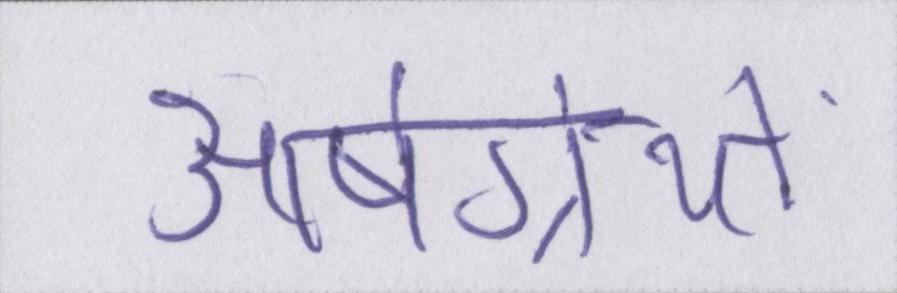
आर्षग्रंथों